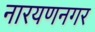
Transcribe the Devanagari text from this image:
नारयणनगर